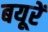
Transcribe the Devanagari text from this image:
बयूरें